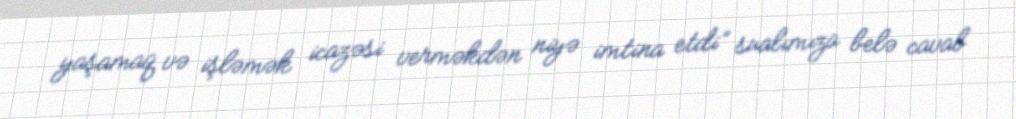
yaşamaq və işləmək icazəsi verməkdən niyə imtina etdi” sualımıza belə cavab